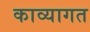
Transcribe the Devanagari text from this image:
काव्यागत